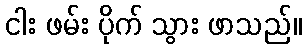
ငါး ဖမ်း ပိုက် သွား ဖာသည်။